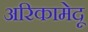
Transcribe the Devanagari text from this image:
अरिकामेदू